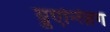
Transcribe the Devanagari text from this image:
ग़्रुएन्त्ज़िग